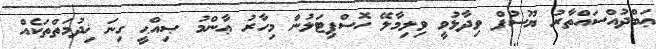
ޢަބްދުއްސައްތާރު ޔޫސުފް ވިދާޅުވީ ވިލިމާލޭ ހޮސްޕިޓަލުން މިހާރު ޢާންމު ޞިއްޙީ ގިނަ ޚިދުމަތްތަކެއް